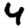
Digit: 4